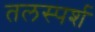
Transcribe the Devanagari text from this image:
तलस्पर्श